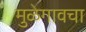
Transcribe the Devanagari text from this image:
मुळेगावचा